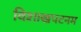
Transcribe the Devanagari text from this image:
विशाखपटनम